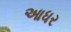
આધર